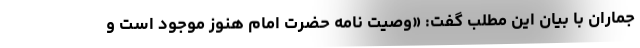
جماران با بیان این مطلب گفت: «وصیت نامه حضرت امام هنوز موجود است و